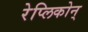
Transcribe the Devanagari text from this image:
रेप्लिकोन्